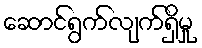
ဆောင်ရွက်လျက်ရှိမှု